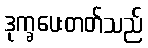
ဒုက္ခပေးတတ်သည်